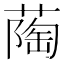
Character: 𬞌